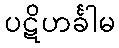
ပဋိဟင်္ခါမ